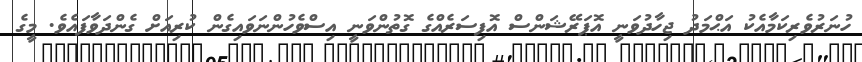
ހުނަރުވެރިކަމާއެކު އަޙްމަދު ޖިހާދުވަނީ އޮޕަރޭޝަންސް އޮފިސަރެއްގެ ގޮތުންވަނީ އިސްވެހުންނަވައިގެން ކުރިއަށް ގެންދަވާފައެވެ. މީގެ